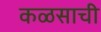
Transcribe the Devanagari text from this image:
कळसाची